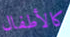
كالأطفال